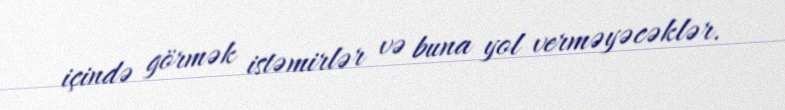
içində görmək istəmirlər və buna yol verməyəcəklər.